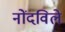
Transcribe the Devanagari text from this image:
नोंंदविले